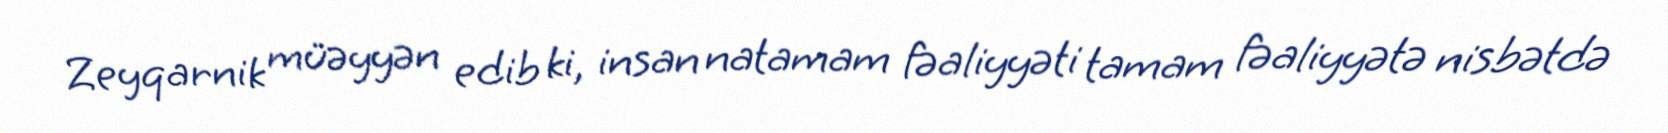
Zeyqarnik müəyyən edib ki, insan natamam fəaliyyəti tamam fəaliyyətə nisbətdə